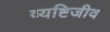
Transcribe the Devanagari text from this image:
व्यष्टिजीव